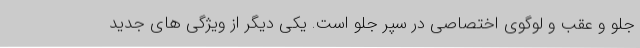
جلو و عقب و لوگوی اختصاصی در سپر جلو است. یکی دیگر از ویژگی های جدید